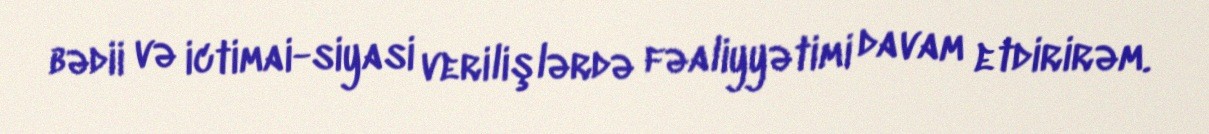
bədii və ictimai-siyasi verilişlərdə fəaliyyətimi davam etdirirəm.